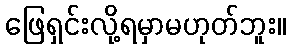
ဖြေရှင်းလို့ရမှာမဟုတ်ဘူး။